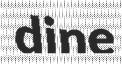
dine